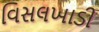
વિસલખાડી